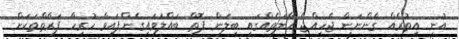
އުނި އިތުރެއް ގެންނަން ޖެހިއްޖެ ހާލަތެއްގައި ބީލަން ފޮތް ބައްލަވައިގެންފައިވާ ހުރިހާ ފަރާތްތަކަށް